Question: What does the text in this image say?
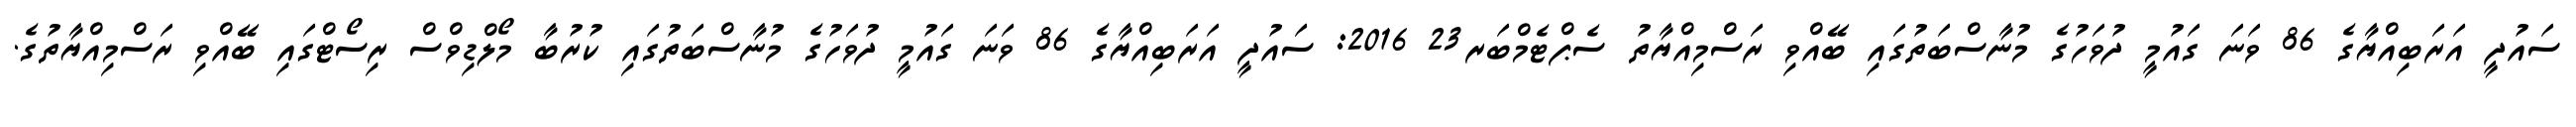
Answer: ސައުދީ އަރަބިއްޔާގެ 86 ވަނަ ގައުމީ ދުވަހުގެ މުނާސްބަތުގައި ބޭއްވި ރަސްމިއްޔާތު ސެޕްޓެމްބަރ23 2016: ސައުދީ އަރަބިއްޔާގެ 86 ވަނަ ގައުމީ ދުވަހުގެ މުނާސްބަތުގައި ކުރުބާ މޯލްޑިވްސް ރިސޯޓްގައި ބޭއްވި ރަސްމިއްޔާތުގެ.